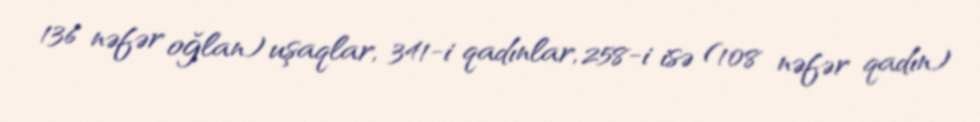
136 nəfər oğlan) uşaqlar, 341-i qadınlar, 258-i isə (108 nəfər qadın)